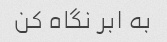
به ابر نگاه کن